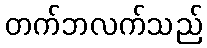
တက်ဘလက်သည်